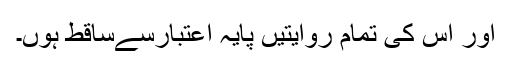
اور اس کی تمام روایتیں پایہ اعتبارسےساقط ہوں۔